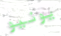
يونيو